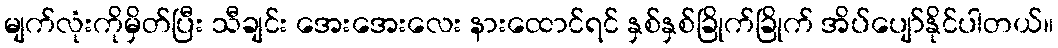
မျက်လုံးကိုမှိတ်ပြီး သီချင်း အေးအေးလေး နားထောင်ရင် နှစ်နှစ်ခြိုက်ခြိုက် အိပ်ပျော်နိုင်ပါတယ်။